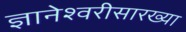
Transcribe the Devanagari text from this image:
ज्ञानेश्वरीसारख्या